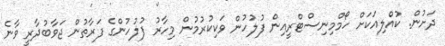
ދަށުން. ކުއްލިއަކަށް ހޯމްމިނިސްޓްރީއިން ފުލުހުން ވަކިކުރުމުން މިހާރު ފުލުހުންގެ ފަރާތުން ޖަވާބުދާރީ ވާނެ